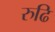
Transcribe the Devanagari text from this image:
रुढि